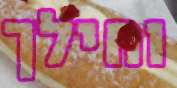
וחילך